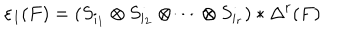
\varepsilon _ { I } ( F ) = ( S _ { i _ { 1 } } \otimes S _ { i _ { 2 } } \otimes \cdots \otimes S _ { i _ { r } } ) * \Delta ^ { r } ( F )